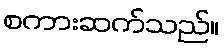
စကားဆက်သည်။